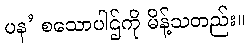
ပန’ စသောပါဌ်ကို မိန့်သတည်း။